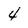
Character: 4